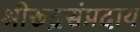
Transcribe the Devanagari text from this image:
श्रीरूद्रसंप्रदाय